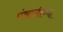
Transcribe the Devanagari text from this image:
पंचालीच्या